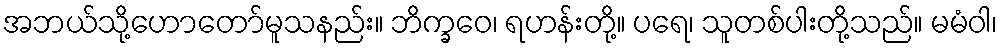
အဘယ်သို့ဟောတော်မူသနည်း။ ဘိက္ခဝေ၊ ရဟန်းတို့။ ပရေ၊ သူတစ်ပါးတို့သည်။ မမံဝါ၊